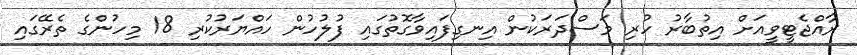
ރާއްޖެޓީވީއަށް އިތުބާރު ހުރި މަސްދަރަކުން އިނގިފައިވާގޮތުގައި ފުލުހުން ހައްޔަރުކުރި 18 މިހުންގެ ތެރޭގައި